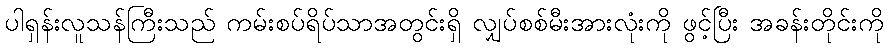
ပါရှန်းလူသန်ကြီးသည် ကမ်းစပ်ရိပ်သာအတွင်းရှိ လျှပ်စစ်မီးအားလုံးကို ဖွင့်ပြီး အခန်းတိုင်းကို